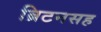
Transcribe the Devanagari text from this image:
ब्रिटनसह